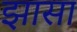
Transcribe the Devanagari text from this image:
झासा